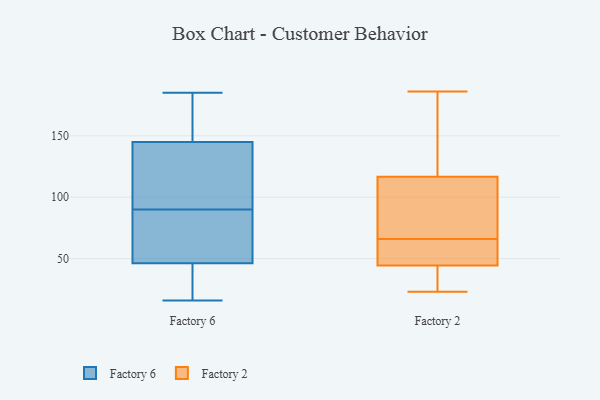
{"axis": {"x": "Operating Costs (USD K)", "y": "Value"}, "legend": ["Factory 2", "Factory 6"], "data": [{"x": "", "y": 148, "type": "Factory 6"}, {"x": "", "y": 185, "type": "Factory 6"}, {"x": "", "y": 34, "type": "Factory 6"}, {"x": "", "y": 95, "type": "Factory 6"}, {"x": "", "y": 91, "type": "Factory 6"}, {"x": "", "y": 40, "type": "Factory 6"}, {"x": "", "y": 161, "type": "Factory 6"}, {"x": "", "y": 70, "type": "Factory 6"}, {"x": "", "y": 33, "type": "Factory 6"}, {"x": "", "y": 16, "type": "Factory 6"}, {"x": "", "y": 78, "type": "Factory 6"}, {"x": "", "y": 65, "type": "Factory 6"}, {"x": "", "y": 169, "type": "Factory 6"}, {"x": "", "y": 90, "type": "Factory 6"}, {"x": "", "y": 136, "type": "Factory 6"}, {"x": "", "y": 168, "type": "Factory 2"}, {"x": "", "y": 37, "type": "Factory 2"}, {"x": "", "y": 101, "type": "Factory 2"}, {"x": "", "y": 59, "type": "Factory 2"}, {"x": "", "y": 121, "type": "Factory 2"}, {"x": "", "y": 105, "type": "Factory 2"}, {"x": "", "y": 94, "type": "Factory 2"}, {"x": "", "y": 180, "type": "Factory 2"}, {"x": "", "y": 66, "type": "Factory 2"}, {"x": "", "y": 186, "type": "Factory 2"}, {"x": "", "y": 31, "type": "Factory 2"}, {"x": "", "y": 23, "type": "Factory 2"}, {"x": "", "y": 62, "type": "Factory 2"}, {"x": "", "y": 55, "type": "Factory 2"}, {"x": "", "y": 30, "type": "Factory 2"}, {"x": "", "y": 66, "type": "Factory 2"}, {"x": "", "y": 41, "type": "Factory 2"}, {"x": "", "y": 107, "type": "Factory 2"}, {"x": "", "y": 120, "type": "Factory 2"}]}